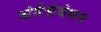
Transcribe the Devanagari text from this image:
अंर्तसंबंधन